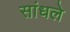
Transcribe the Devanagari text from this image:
सांधले